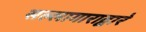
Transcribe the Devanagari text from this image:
सल्लागाराद्वारे